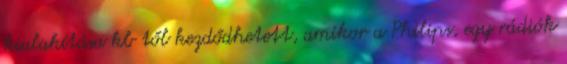
kialakítása kb től kezdődhetett, amikor a Philips, egy rádiók